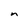
Character: n